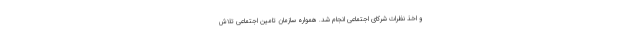
و اخذ نظرات شرکای اجتماعی انجام شد. همواره سازمان تامین اجتماعی تلاش